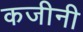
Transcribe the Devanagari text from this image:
कजीनी